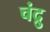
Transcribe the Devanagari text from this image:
चंद्रु